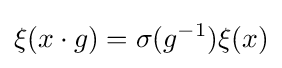
\xi (x\cdot g)=\sigma (g^{-1})\xi (x)